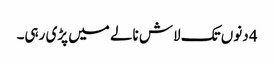
4 دنوں تک لاش نالے میں پڑی رہی۔